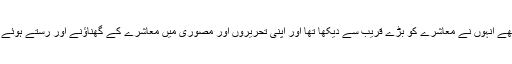
مرحوم ایک حساس اور سنجیدہ ادیب تھے انہوں نے معاشرے کو بڑے قریب سے دیکھا تھا اور اپنی تحریروں اور مصوری میں معاشرے کے گھناﺅنے اور رستے ہوئے ناسوروں کی واضح نشاندہی کی تھی۔